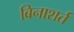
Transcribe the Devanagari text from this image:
बिनाशर्त